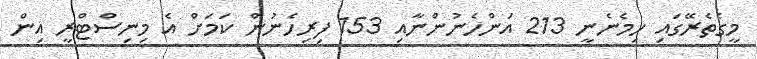
މީގެތެރޭގައި ހިމެނެނީ 213 އަންހެނުންނާއި 153 ފިރިހެނުން ކަމަށް އެ މިނިސްޓްރީ އިން